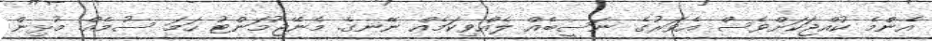
އެންމެ ކުއްޖަކަށްވެސް އެވަރުގެ ނަސީބެއް ލެއްވިކަމެއް ނޭނގެ. މެނޭޖުމަންޓު ހަމަ ސުމެއް. މުޅިން